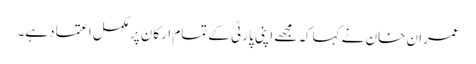
عمران خان نے کہاکہ مجھے اپنی پارٹی کے تمام ارکان پرمکمل اعتماد ہے۔